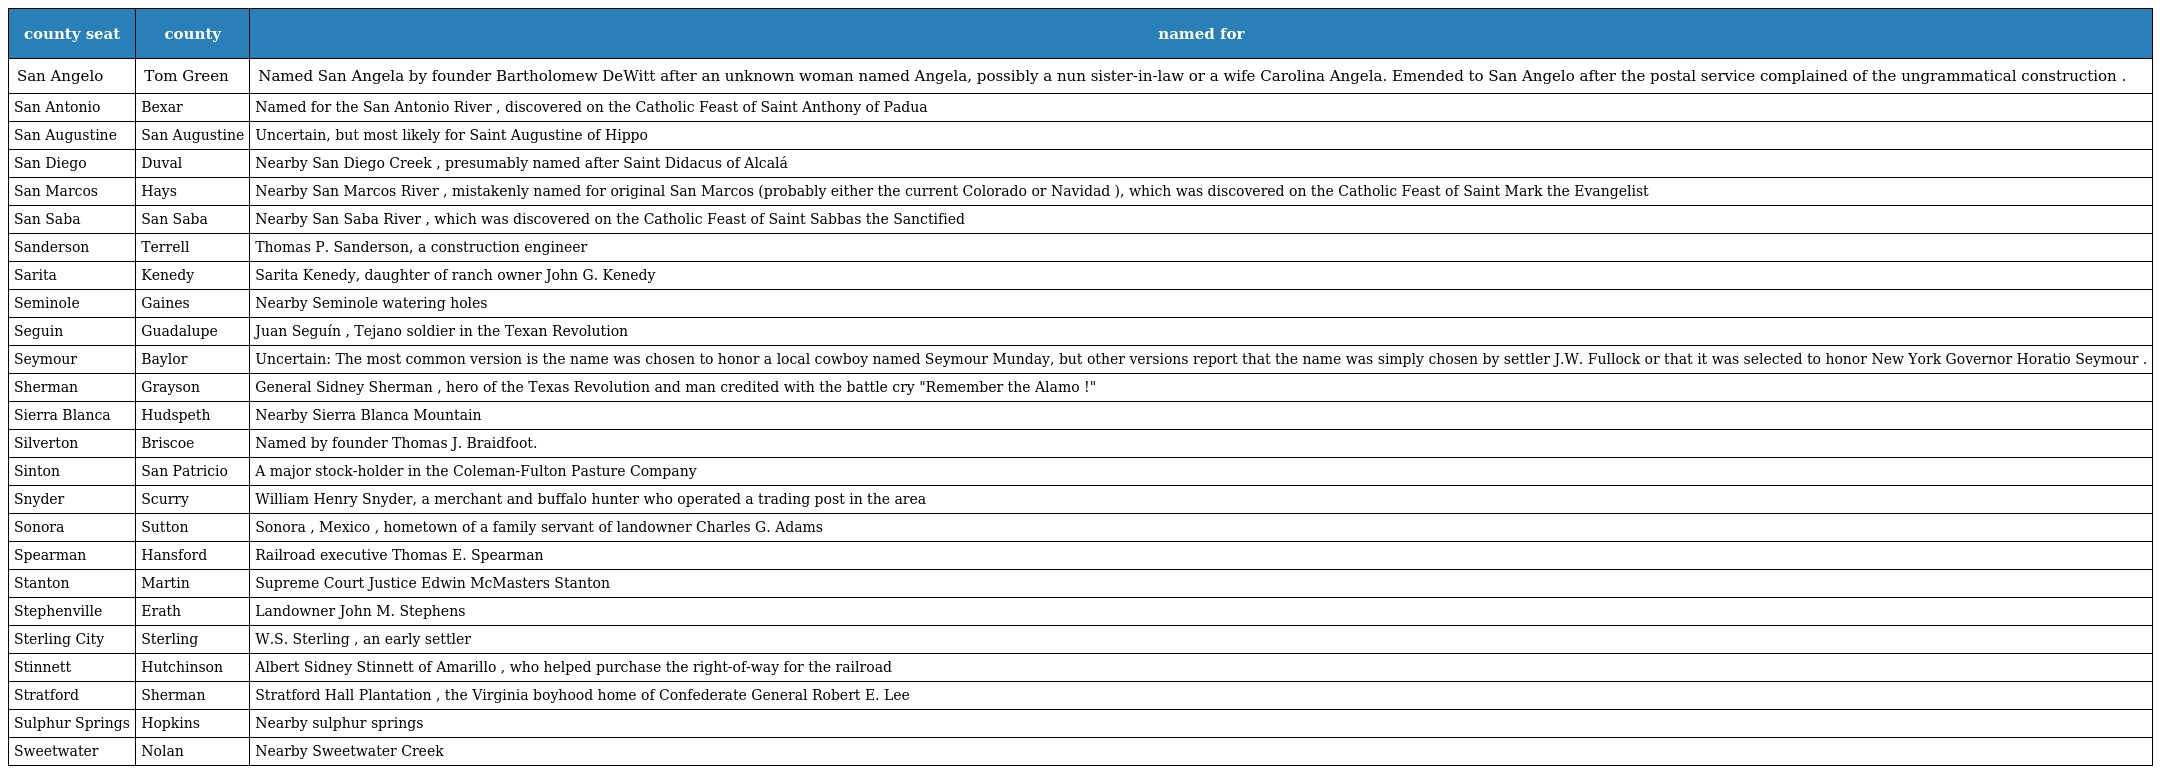
| county seat | county | named for |
 | --- | --- | --- |
 | San Angelo | Tom Green | Named San Angela by founder Bartholomew DeWitt after an unknown woman named Angela, possibly a nun sister-in-law or a wife Carolina Angela. Emended to San Angelo after the postal service complained of the ungrammatical construction . |
 | San Antonio | Bexar | Named for the San Antonio River , discovered on the Catholic Feast of Saint Anthony of Padua |
 | San Augustine | San Augustine | Uncertain, but most likely for Saint Augustine of Hippo |
 | San Diego | Duval | Nearby San Diego Creek , presumably named after Saint Didacus of Alcalá |
 | San Marcos | Hays | Nearby San Marcos River , mistakenly named for original San Marcos (probably either the current Colorado or Navidad ), which was discovered on the Catholic Feast of Saint Mark the Evangelist |
 | San Saba | San Saba | Nearby San Saba River , which was discovered on the Catholic Feast of Saint Sabbas the Sanctified |
 | Sanderson | Terrell | Thomas P. Sanderson, a construction engineer |
 | Sarita | Kenedy | Sarita Kenedy, daughter of ranch owner John G. Kenedy |
 | Seminole | Gaines | Nearby Seminole watering holes |
 | Seguin | Guadalupe | Juan Seguín , Tejano soldier in the Texan Revolution |
 | Seymour | Baylor | Uncertain: The most common version is the name was chosen to honor a local cowboy named Seymour Munday, but other versions report that the name was simply chosen by settler J.W. Fullock or that it was selected to honor New York Governor Horatio Seymour . |
 | Sherman | Grayson | General Sidney Sherman , hero of the Texas Revolution and man credited with the battle cry "Remember the Alamo !" |
 | Sierra Blanca | Hudspeth | Nearby Sierra Blanca Mountain |
 | Silverton | Briscoe | Named by founder Thomas J. Braidfoot. |
 | Sinton | San Patricio | A major stock-holder in the Coleman-Fulton Pasture Company |
 | Snyder | Scurry | William Henry Snyder, a merchant and buffalo hunter who operated a trading post in the area |
 | Sonora | Sutton | Sonora , Mexico , hometown of a family servant of landowner Charles G. Adams |
 | Spearman | Hansford | Railroad executive Thomas E. Spearman |
 | Stanton | Martin | Supreme Court Justice Edwin McMasters Stanton |
 | Stephenville | Erath | Landowner John M. Stephens |
 | Sterling City | Sterling | W.S. Sterling , an early settler |
 | Stinnett | Hutchinson | Albert Sidney Stinnett of Amarillo , who helped purchase the right-of-way for the railroad |
 | Stratford | Sherman | Stratford Hall Plantation , the Virginia boyhood home of Confederate General Robert E. Lee |
 | Sulphur Springs | Hopkins | Nearby sulphur springs |
 | Sweetwater | Nolan | Nearby Sweetwater Creek |